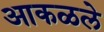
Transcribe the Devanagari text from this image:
आकळले